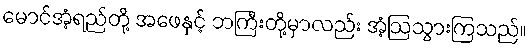
မောင်အံ့ရည်တို့ အဖေနှင့် ဘကြီးတို့မှာလည်း အံ့ဩသွားကြသည်။